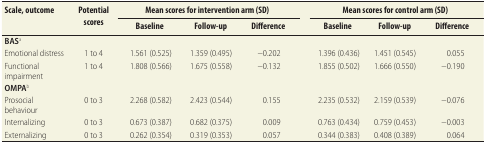
| <ROWSPAN=2> Scale, outcome | <ROWSPAN=2> Potential scores | <COLSPAN=3> Mean scores for intervention arm (SD) | <ROWSPAN=2>  | <COLSPAN=3> Mean scores for control arm (SD) |
 | Baseline | Follow-up | Difference | Baseline | Follow-up | Difference |
 | --- | --- | --- | --- | --- | --- | --- | --- | --- |
 | BASa |  |  |  |  |  |  |  |  |
 | Emotional distress | 1 to 4 | 1.561 (0.525) | 1.359 (0.495) | −0.202 |  | 1.396 (0.436) | 1.451 (0.545) | 0.055 |
 | Functional impairment | 1 to 4 | 1.808 (0.566) | 1.675 (0.558) | −0.132 |  | 1.855 (0.502) | 1.666 (0.550) | −0.190 |
 | OMPAb |  |  |  |  |  |  |  |  |
 | Prosocial behaviour | 0 to 3 | 2.268 (0.582) | 2.423 (0.544) | 0.155 |  | 2.235 (0.532) | 2.159 (0.539) | −0.076 |
 | Internalizing | 0 to 3 | 0.673 (0.387) | 0.682 (0.375) | 0.009 |  | 0.763 (0.434) | 0.759 (0.453) | −0.003 |
 | Externalizing | 0 to 3 | 0.262 (0.354) | 0.319 (0.353) | 0.057 |  | 0.344 (0.383) | 0.408 (0.389) | 0.064 |